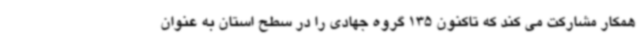
همکار مشارکت می کند که تاکنون 135 گروه جهادی را در سطح استان به عنوان